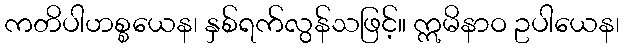
ကတိပါဟစ္စယေန၊ နှစ်ရက်လွန်သဖြင့်။ ဣမိနာဝ ဥပါယေန၊